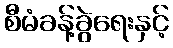
စီမံခန့်ခွဲရေးနှင့်